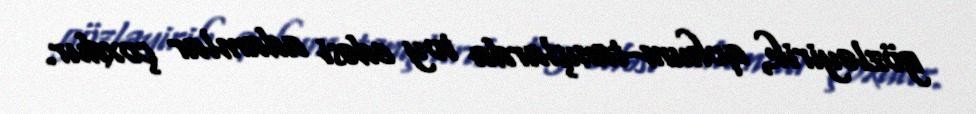
gözləyirik, qohum-tanışlarda toy edəsi adamlar çoxdur.